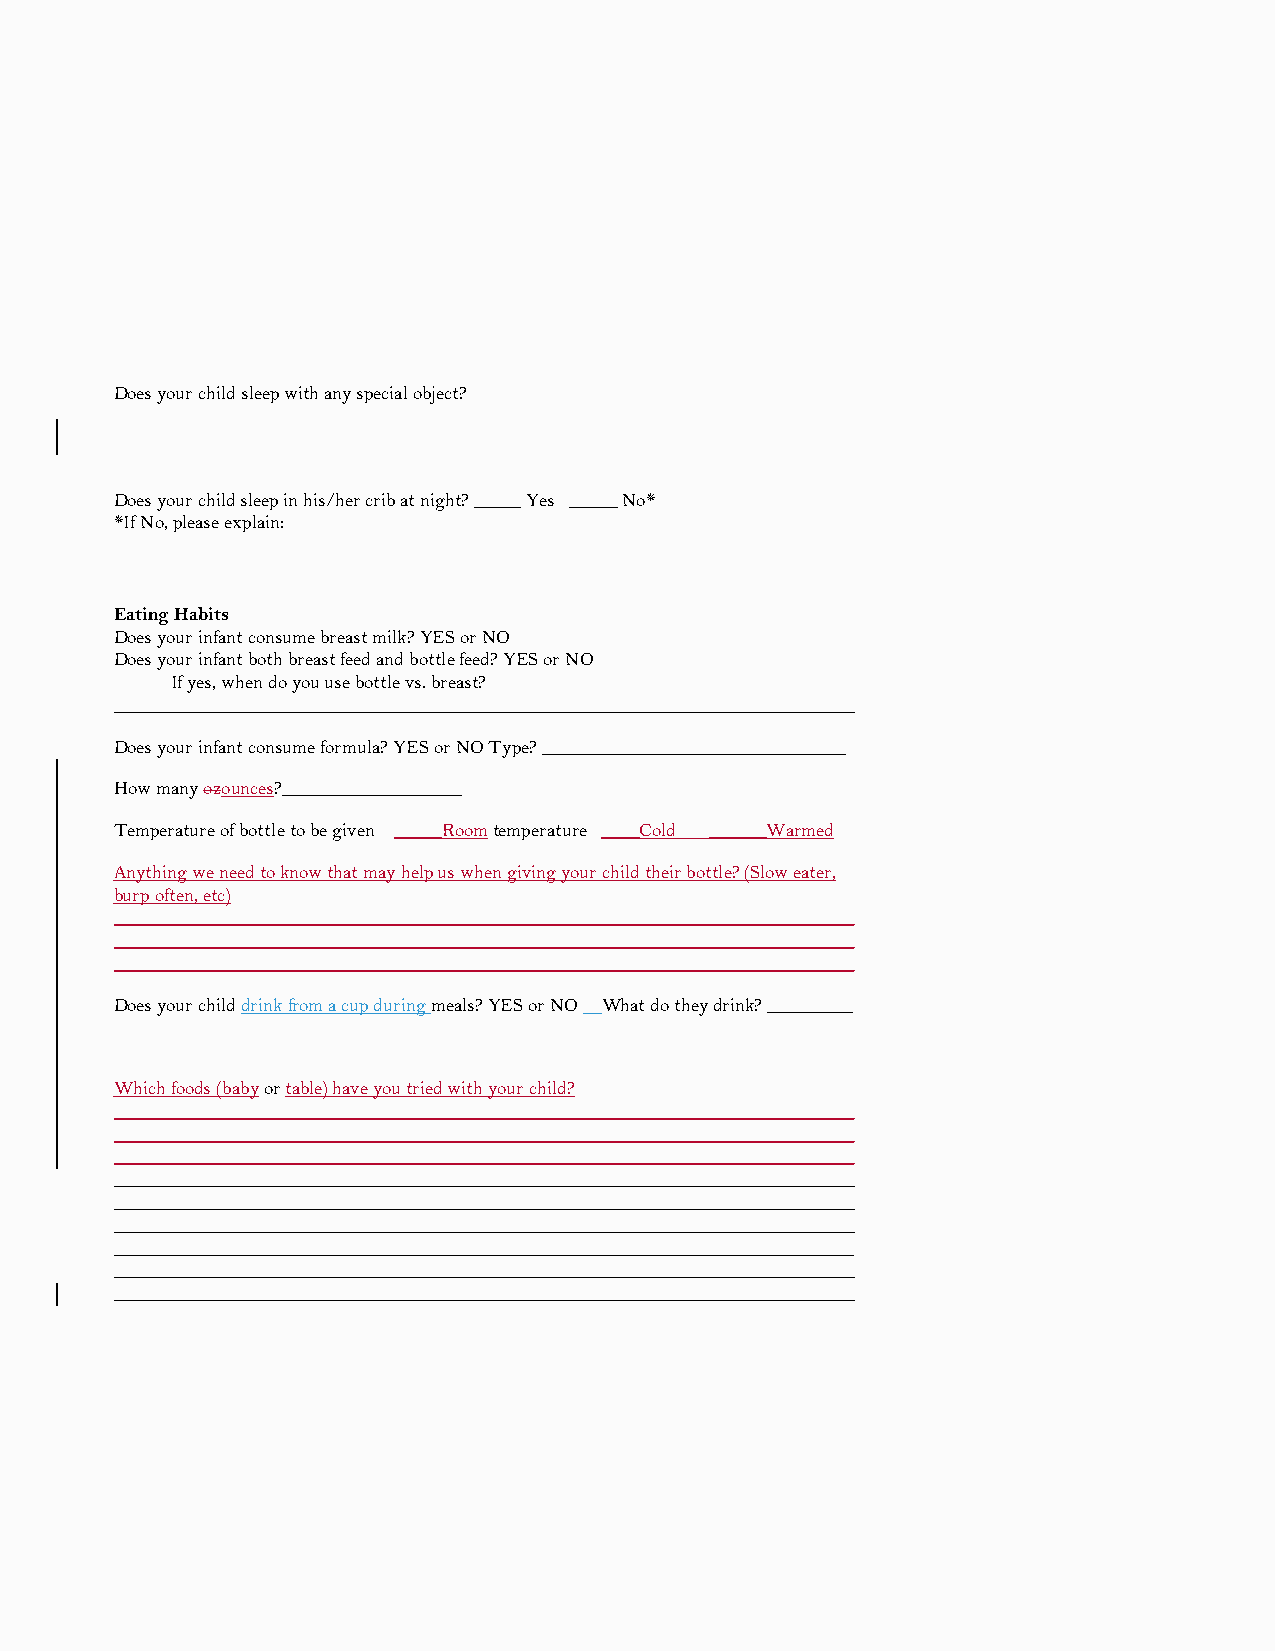
Does your child sleep with any special object?
 Does your child sleep in his/her crib at night? _____ Yes _____ No*
 *If No, please explain:
 Eating Habits
 Does your infant consume breast milk? YES or NO
 Does your infant both breast feed and bottle feed? YES or NO
 If yes, when do you use bottle vs. breast?
 ______________________________________________________________________________
 Does your infant consume formula? YES or NO Type? ________________________________
 How many ozounces?___________________
 Temperature of bottle to be given _____Room temperature ____Cold ______Warmed
 Anything we need to know that may help us when giving your child their bottle? (Slow eater,
 burp often, etc)
 ______________________________________________________________________________
 ______________________________________________________________________________
 ______________________________________________________________________________
 Does your child drink from a cup during meals? YES or NO What do they drink? _________
 Which foods (baby or table) have you tried with your child?
 ______________________________________________________________________________
 ______________________________________________________________________________
 ______________________________________________________________________________
 ______________________________________________________________________________
 ______________________________________________________________________________
 ______________________________________________________________________________
 ______________________________________________________________________________
 ______________________________________________________________________________
 ______________________________________________________________________________